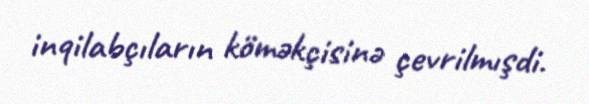
inqilabçıların köməkçisinə çevrilmışdi.